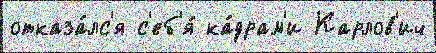
отказа́лс'я с'еб'я́ ка́драм'и Карлов'ич